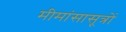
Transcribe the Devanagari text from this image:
मीमांसासूत्रों